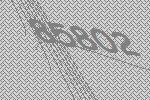
85802